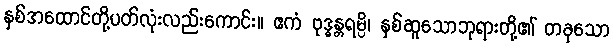
နှစ်အထောင်တို့ပတ်လုံးလည်းကောင်း။ ဧကံ ဗုဒ္ဓန္တရမ္ပိ၊ နှစ်ဆူသောဘုရားတို့၏ တခုသော